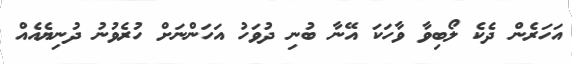
އަހަރެން ދެކެ ލޯބިވާ ވާހަކަ އޭނާ ބުނި ދުވަހު އަހަންނަށް ހުރެވުނު ދުނިޔެއެއް